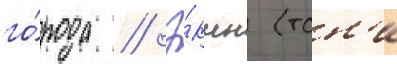
го́рода // Э́кшн (тон'и